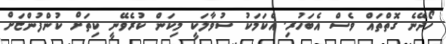
ހޯދޭނެ ގޮތްތައް ވެސް އެބަހުރި. އެކަމަކު ސުވާލަކީ މިކަން ކުރެވޭނީ ކިތަށް ކުންފުންޏަށް